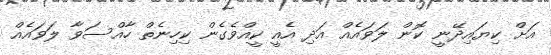
އަށް ކިޔައިދޭނީ ކޮން ލަވައެއް އަދި އެއީ ކީއްވެގެން ކިހިނެތް ހާއްސަވާ ލަވައެއް